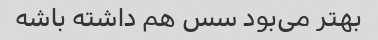
بهتر می‌بود سس هم داشته باشه